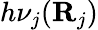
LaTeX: h\nu_{j}(\mathbf R_{j})